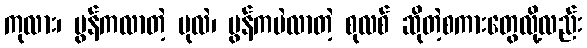
ကုလား၊ မွန်ကလာတဲ့ ပုလဲ၊ မွန်ကပဲလာတဲ့ စုလစ် ဆိုတဲ့စကားတွေလို့လည်း